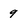
Character: 9